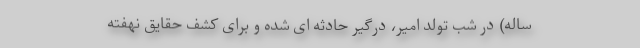
ساله) در شب تولد امیر، درگیر حادثه‌ ای شده و برای کشف حقایق نهفته